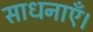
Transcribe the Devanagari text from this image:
साधनाएँ।